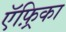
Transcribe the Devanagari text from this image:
ऍफ़्रिका